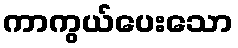
ကာကွယ်ပေးသော